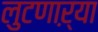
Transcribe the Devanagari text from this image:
लुटणाऱ्या